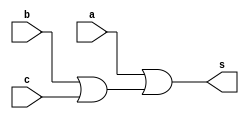
//----------------------------------------
// Exerccio0005 - porta OR com 3 entradas
//	Nome: Mateus Guilherme do Carmo Cruz
// Matrcula: 427446
//----------------------------------------

// or gate

module orgate(output s, input a, input b, input c);
	assign s = a|(b|c);
endmodule

//run or gate

module runorgate;
	reg a,b,c; //registradores
	wire s; //conexo
	
	//instancia
	orgate OR1(s,a,b,c);
	
	//--preparao
	initial begin:start
		a=0;b=0;c=0;
	end
	
	//--parte principal
	initial begin:main
		$display("Exerccio0005 - Mateus Guilherme do Carmo Cruz - 427446");
		$display("Porta OR com trs entradas.");
		$display("\t	time\ta|(b|c) = s");
		a=0;b=0;c=0;
		$monitor("%d\t%b|(%b|%b) = %b", $time,a,b,c,s);
	#1 a=0;b=0;c=1;
	#1 a=0;b=1;c=0;
	#1 a=0;b=1;c=1;
	#1	a=1;b=0;c=0;
	#1	a=1;b=0;c=1;
	#1 a=1;b=1;c=0;
	#1 a=1;b=1;c=1;
	end
endmodule//or gate